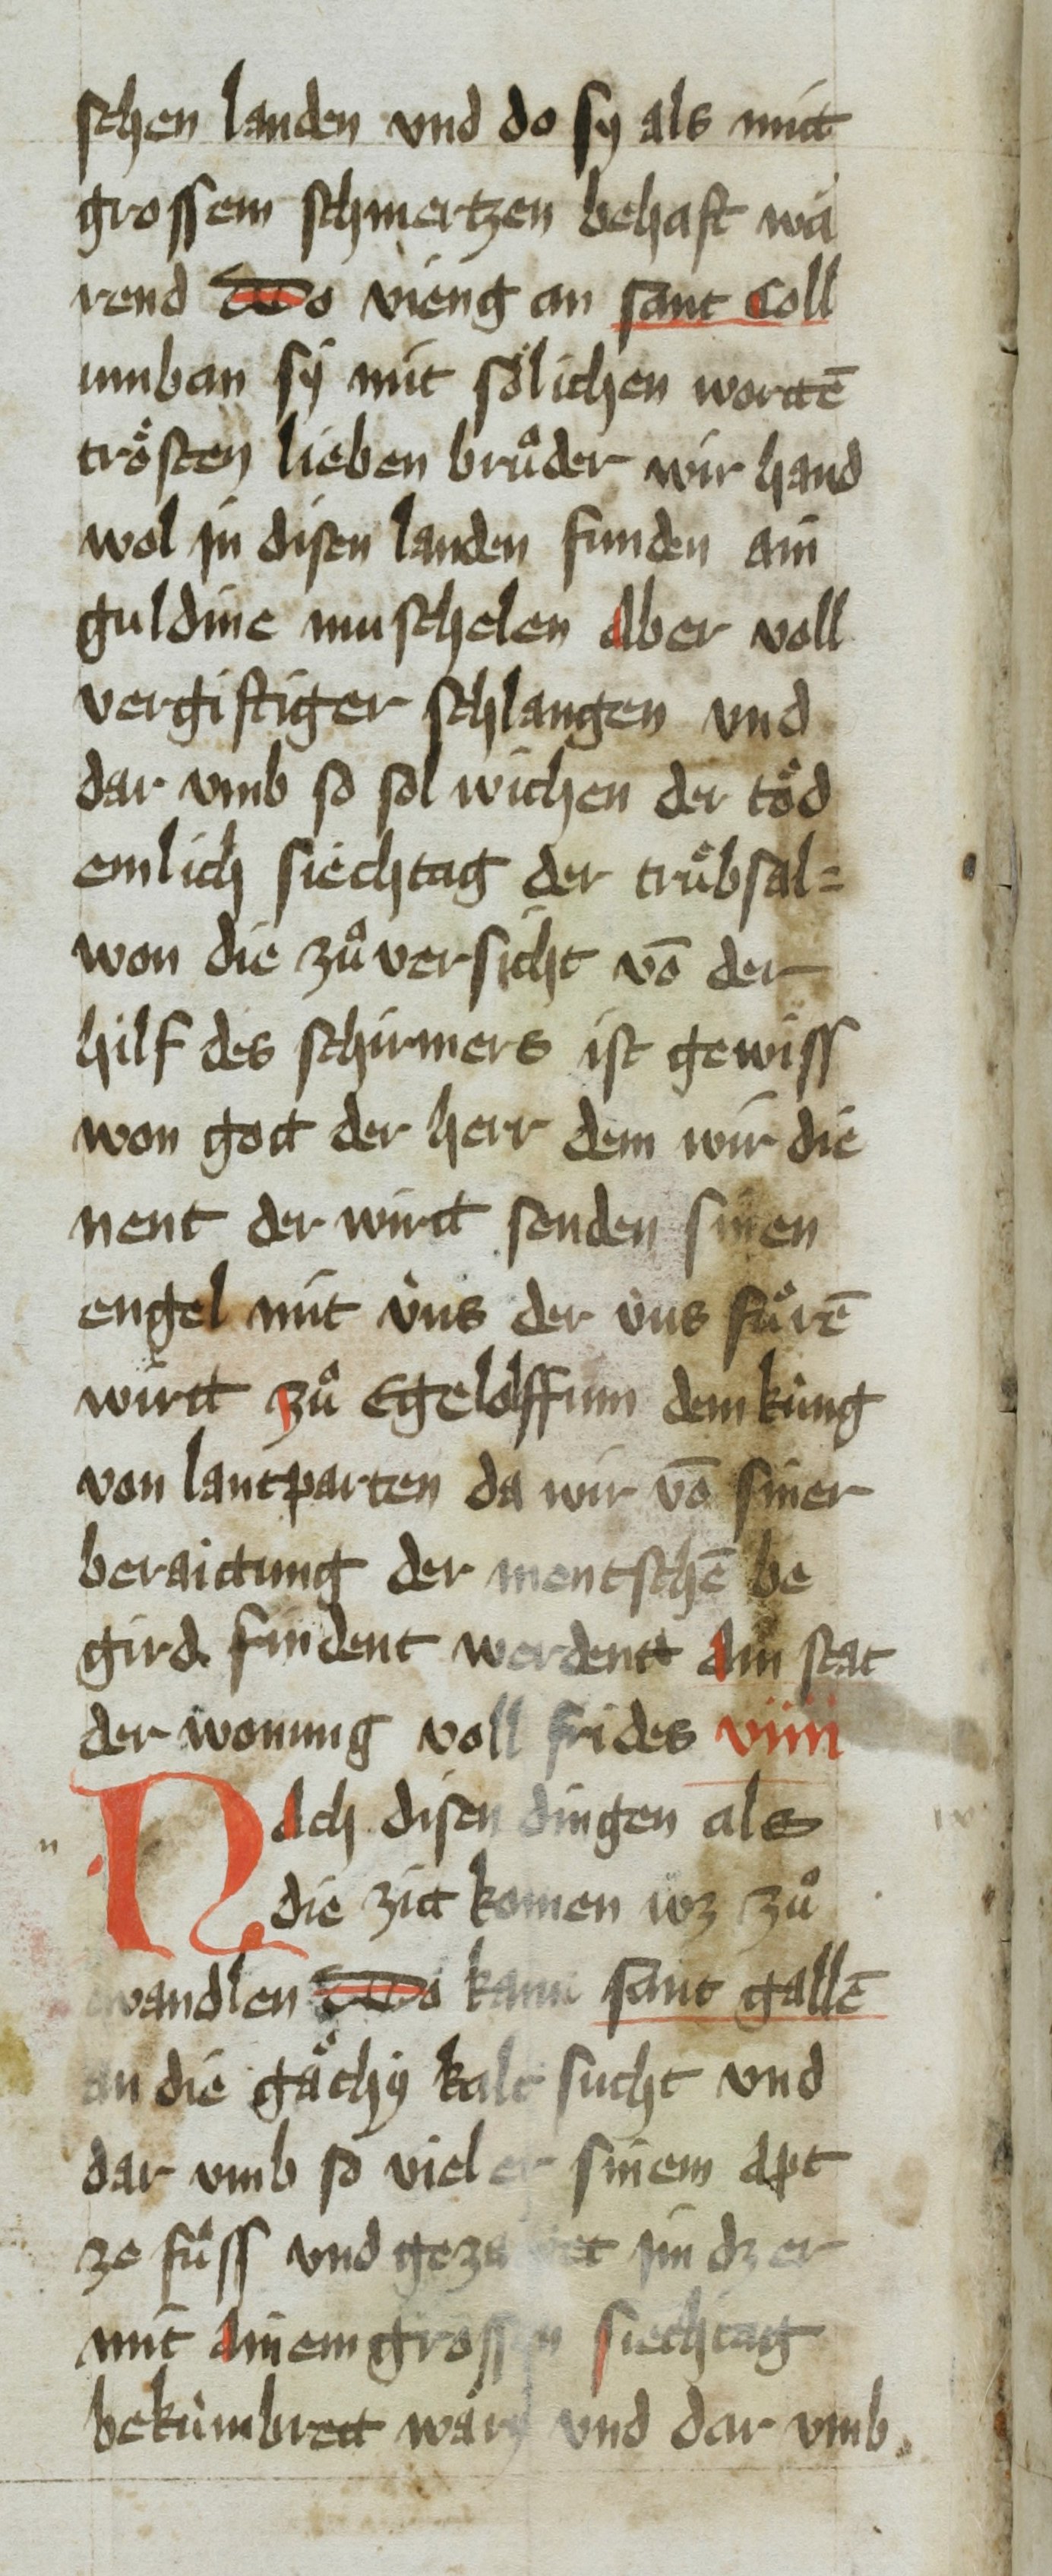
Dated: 1451–1460